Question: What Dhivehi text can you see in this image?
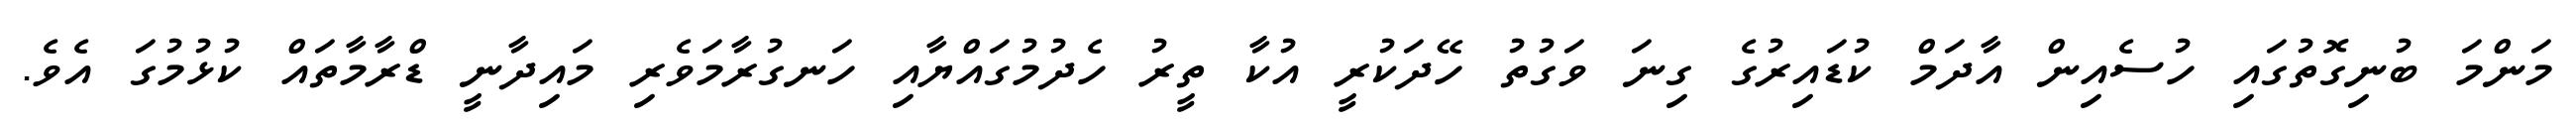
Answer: މަންމަ ބުނިގޮތުގައި ހުސެއިން އާދަމް ކުޑައިރުގެ ގިނަ ވަގުތު ހޭދަކުރީ އުކާ ތީރު ހެދުމުގައްޔާއި ހަނގުރާމަވެރި މައިދާނީ ޑްރާމާތައް ކުޅުމުގަ އެވެ.